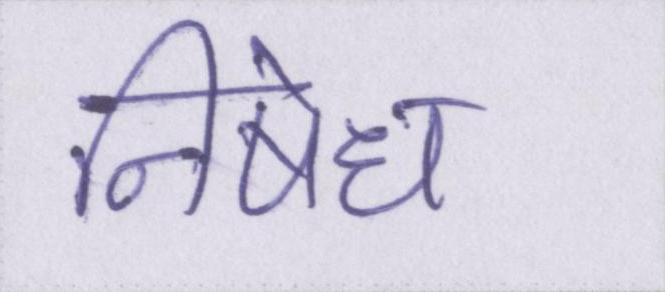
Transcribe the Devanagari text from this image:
निषेध